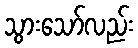
သွားသော်လည်း